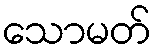
သောမတ်